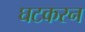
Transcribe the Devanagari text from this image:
घटकरन